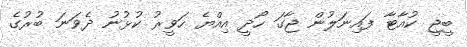
ބީޖީ ކުއާޓާ ފައިނަލުން ޖާގަ ހޯދީ އިއްޔެ ހަވީރު ކުޅުނު ދެވަނަ ބުރުގެ